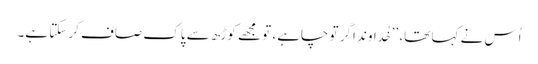
اُس نے کہا تھا، ’’خُداوند اگر تو چاہے، تو مجھے کوڑھ سے پاک صاف کر سکتا ہے۔